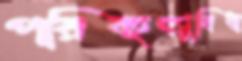
পরিবহনসুবিধা